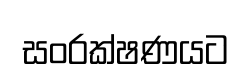
සංරක්ෂණයට